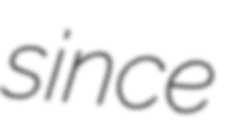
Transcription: since